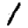
Digit: 1